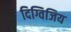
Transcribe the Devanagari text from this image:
दिग्विजिय